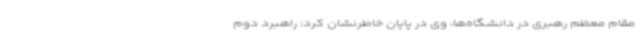
مقام معظم رهبری در دانشگاه‌ها، وی در پایان خاطرنشان کرد: راهبرد دوم